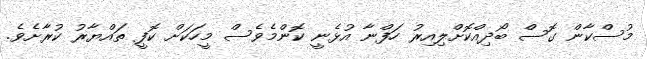
މުސްކާން ގޮސް ބޯދިއްކޮށްލިއިރު ހަފްނާ އުޅެނީ ކޮންމެވެސް މީހަކަށް ކޮފީ ތައްޔާރު ކުރާށެވެ.